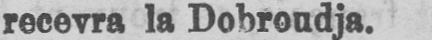
recevra la Dobroudja.